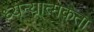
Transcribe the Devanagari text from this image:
ध्यन्यात्मकता